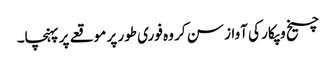
چیخ و پکار کی آواز سن کر وہ فوری طور پر موقعے پر پہنچا۔